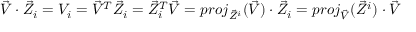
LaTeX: { \vec { V } } \cdot { \vec { Z } } _ { i } = V _ { i } = { \vec { V } } ^ { T } { \vec { Z } } _ { i } = { \vec { Z } } _ { i } ^ { T } { \vec { V } } = { p r o j _ { { \vec { Z } } ^ { i } } ( { \vec { V } } ) } \cdot { \vec { Z } } _ { i } = { p r o j _ { \vec { V } } ( { \vec { Z } } ^ { i } ) } \cdot { \vec { V } }